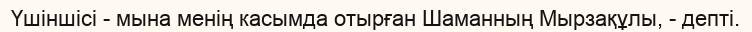
Үшіншісі - мына менің касымда отырған Шаманның Мырзақұлы, - депті.